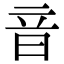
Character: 音